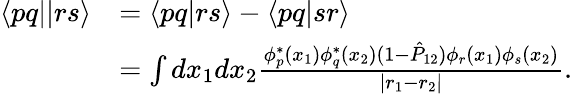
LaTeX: \begin{array}{rl}{\langle pq||rs\rangle}&{=\langle pq|rs\rangle-\langle pq|sr\rangle}\\ &{=\int dx_{1}dx_{2}\frac{\phi_{p}^{*}(x_{1})\phi_{q}^{*}(x_{2})(1-\hat{P}_{12})\phi_{r}(x_{1})\phi_{s}(x_{2})}{|r_{1}-r_{2}|}.}\end{array}